Vaccination United Provinces of Agra and Oudh 1923-1928 - 1923-1928
Year: 1923
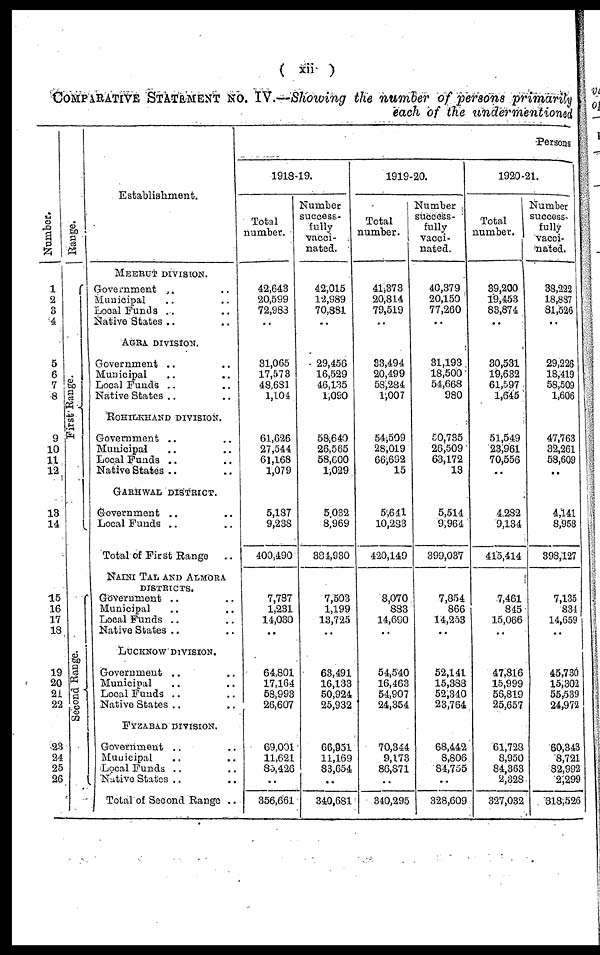
( xii )
COMPARATIVE STATEMENT NO. IV.—Showing the number of persons primarily
each of the undermentioned
Number.
1
2
3
4
5
6
7
8
9
10
11
12
13
14
15
16
17
18
19
20
21
22
23
24
25
26
Range.
First Range.
Second Range.
Establishment.
MEERUT DIVISION.
Government .. ..
Municipal .. ..
Local Funds .. ..
Native States .. ..
AGRA DIVISION.
Government .. ..
Municipal .. ..
Local Funds .. ..
Native States .. ..
ROHILKHAND DIVISION.
Government .. ..
Municipal .. ..
Local Funds .. ..
Native States .. ..
GARHWAL DIVISION.
Government .. ..
Local Funds .. ..
Total of First Range ..
NAINI TAL AND ALMORA
DISTRICTS.
Government .. ..
Municipal .. ..
Local Funds .. ..
Native States .. ..
LUCKNOW DIVISION.
Government .. ..
Municipal .. ..
Local Funds .. ..
Native States .. ..
FYZABAD DIVISION.
Government .. ..
Municipal .. ..
Local Funds .. ..
Native States .. ..
Total of Second Range ..
Persons
1918-19.
Total
number.
42,643
20,599
72,988
..
31,065
17,573
48,681
1,104
61,626
27,544
61,168
1,079
5,187
9,238
400,490
7,787
1,231
14,030
..
64,801
17,164
58,993
26,607
69,001
11,621
85,426
..
356,661
Number
success-
fully
vacci-
nated.
42,015
12,989
70,881
..
29,456
16,529
46,135
1,090
58,640
26,565
58,600
1,029
5,032
8,969
384,930
7,503
1,199
13,725
..
63,491
16,133
50,924
25,932
66,951
11,169
83,654
..
340,681
1919-20.
Total
number.
41,373
20,814
79,519
..
33,494
20,499
58,284
1,007
54,509
28,019
66,692
15
5,641
10,283
420,149
8,070
883
14,690
..
54,540
16,463
54,907
24,354
70,344
9,173
86,871
..
340,295
Number
success-
fully
vacci-
nated.
40,379
20,150
77,260
..
31,193
18,500
54,668
980
50,735
26,509
63,172
13
5,514
9,964
399,037
7,854
866
14,253
..
52,141
15,388
52,340
23,764
68,442
8,806
84,755
..
328,609
1920-21.
Total
number.
39,200
19,453
83,874
..
30,531
19,632
61,597
1,645
51,549
23,961
70,556
..
4,282
9,134
415,414
7,461
845
15,066
..
47,816
15,999
56,819
25,657
61,728
8,950
84,363
2,328
327,032
Number
success-
fully
vacci-
nated.
38,222
18,887
81,526
..
29,226
18,419
58,509
1,606
47,763
32,261
58,609
..
4,141
8,958
398,127
7,135
834
14,659
..
45,730
15,302
55,539
24,972
60,343
8,721
82,992
2,299
318,526